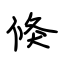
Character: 倏